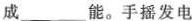
成___能。手摇发电